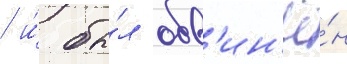
/ и́ бы́л обв'ин'ё́н